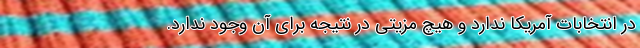
در انتخابات آمریکا ندارد و هیچ مزیتی در نتیجه برای آن وجود ندارد.